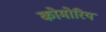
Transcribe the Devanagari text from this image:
कोमोरिय